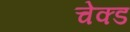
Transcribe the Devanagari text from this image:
चेक्ड